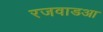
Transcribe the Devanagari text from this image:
रजवाडआ